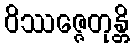
ဝိဿဇ္ဇေတုန္တိ